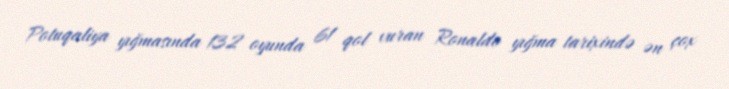
Potuqaliya yığmasında 132 oyunda 61 qol vuran Ronaldo yığma tarixində ən çox